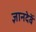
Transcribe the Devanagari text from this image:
ज्ञानदेवें